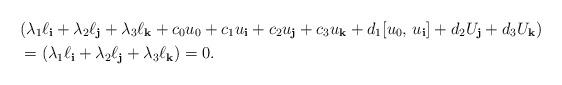
LaTeX: \begin{align*}&(\lambda_{1}\ell_{\bf i}+\lambda_{2}\ell_{\bf j}+\lambda_{3}\ell_{\bf k}+c_{0}u_{0}+c_{1}u_{\bf i}+c_{2}u_{\bf j}+c_{3}u_{\bf k}+d_{1}[u_{0},\,u_{\bf i}]+d_{2}U_{\bf j}+d_{3}U_{\bf k})\\&=(\lambda_{1}\ell_{\bf i}+\lambda_{2}\ell_{\bf j}+\lambda_{3}\ell_{\bf k})=0.\end{align*}